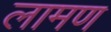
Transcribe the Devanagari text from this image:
लामण